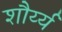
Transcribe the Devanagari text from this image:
शौर्य्य